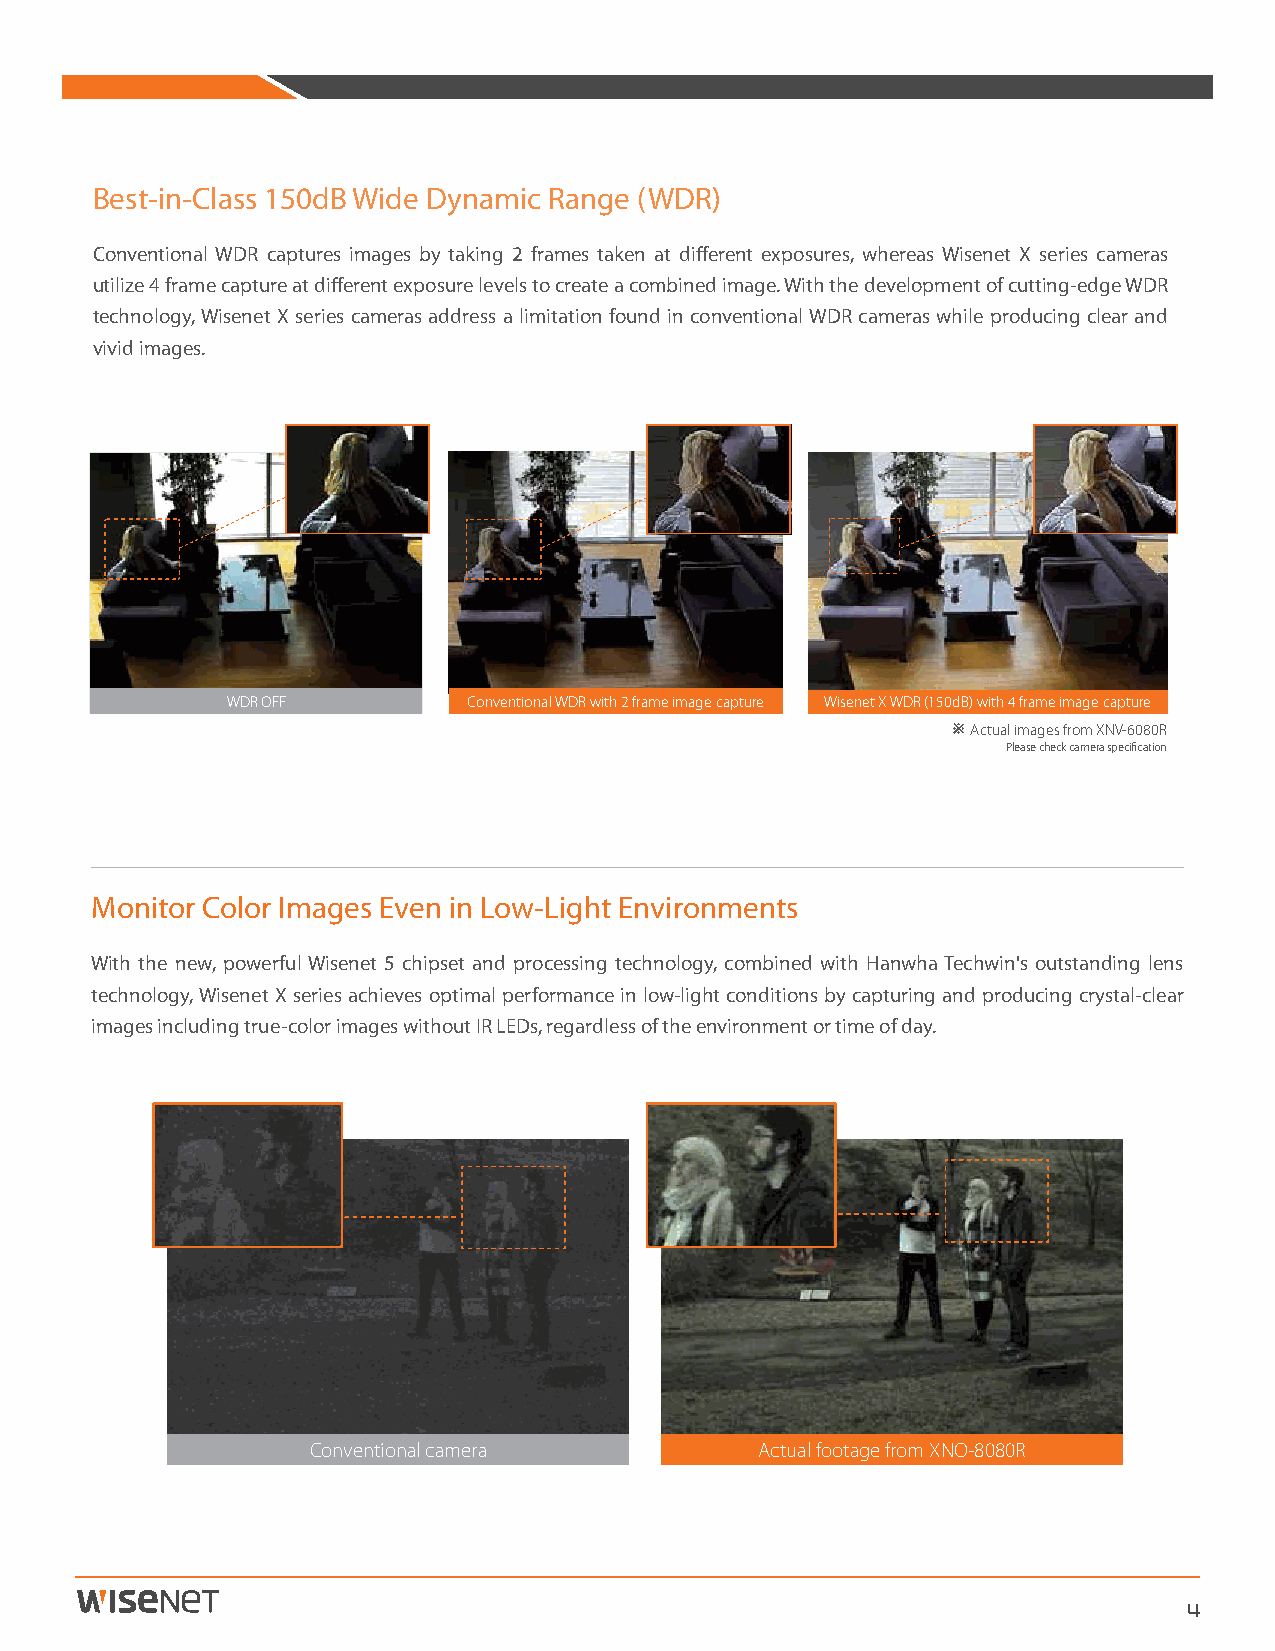
Best-in-Class 150dB Wide Dynamic Range (WDR)
 Conventional WDR captures images by taking 2 frames taken at different exposures, whereas Wisenet X series cameras
 utilize 4 frame capture at different exposure levels to create a combined image. With the development of cutting-edge WDR
 technology, Wisenet X series cameras address a limitation found in conventional WDR cameras while producing clear and
 vivid images.
 WDR OFF         Conventional WDR with 2 frame image capture Wisenet X WDR (150dB) with 4 frame image capture
 ※Actual images from XNV-6080R
 Please check camera specification
 Monitor Color Images Even in Low-Light Environments
 With the new, powerful Wisenet 5 chipset and processing technology, combined with Hanwha Techwin's outstanding lens
 technology, Wisenet X series achieves optimal performance in low-light conditions by capturing and producing crystal-clear
 images including true-color images without IR LEDs, regardless of the environment or time of day.
 Conventional camera          Actual footage from XNO-8080R
 4